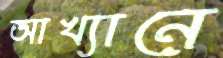
আখ্যানে